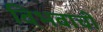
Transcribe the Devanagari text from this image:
विभवाची